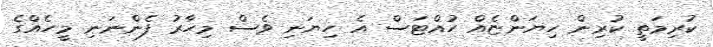
ކުރިމަތީ ކުރިން ހިޔަންޏެއް ހުއްޓަސް އެ ހިޔަނި ވެސް މިހާރު ފެންނަނި މީހެއްގެ